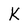
Character: k